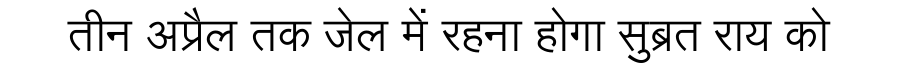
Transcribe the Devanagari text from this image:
तीन अप्रैल तक जेल में रहना होगा सुब्रत राय को